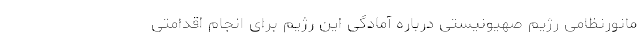
مانورنظامی رژیم صهیونیستی درباره آمادگی این رژیم برای انجام اقدامتی